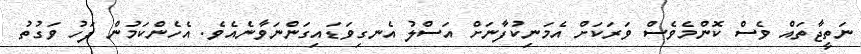
ނަތީޖާތައް ވެސް ކޮންމެވެސް ވަރަކަށް އެމަނިކުފާނަށް އަސްލު އެނގިވަޑައިގަންނަވާނެއެވެ. އެހެންކަމުން ފަހު ވަގުތު